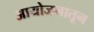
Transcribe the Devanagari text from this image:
आयोजनातून